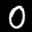
Label: 0